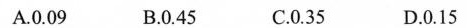
A.0.09 B.0.45 C.0.35 D.0.15